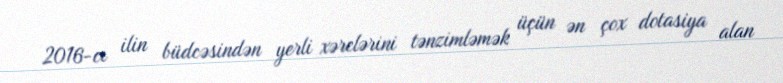
2016-cı ilin büdcəsindən yerli xərclərini tənzimləmək üçün ən çox dotasiya alan